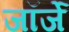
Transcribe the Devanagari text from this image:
जॉर्जे